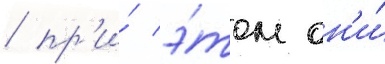
/ пр'и́ э́том он'и́